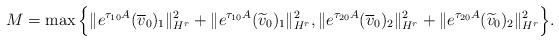
LaTeX: \begin{align*} M = \max\Big\{\|e^{\tau_{10} A} (\overline{v}_0)_1\|_{H^r}^2 + \|e^{\tau_{10} A} (\widetilde{v}_0)_1\|_{H^r}^2, \|e^{\tau_{20} A} (\overline{v}_0)_2\|_{H^r}^2 + \|e^{\tau_{20} A} (\widetilde{v}_0)_2\|_{H^r}^2\Big\}. \end{align*}